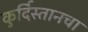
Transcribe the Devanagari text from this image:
कुर्दिस्तानचा